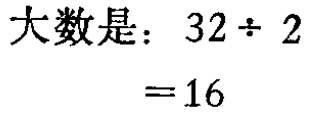
大数是：\(32\div 2 = 16\)